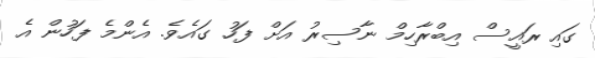
ގައި ރައީސް އިބްރާހިމް ނާސިރު އަށް ފަހު ގައެވެ. އެންމެ ފަހުން އެ